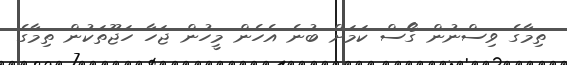
ތިމާގެ ވިސްނުން ގޯސް ކަމަށް ބުނެ އެހެން މީހުން ޖަހާ ހަޖޫތަކުން ތިމާގެ